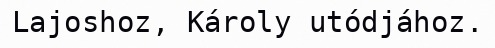
Lajoshoz, Károly utódjához.